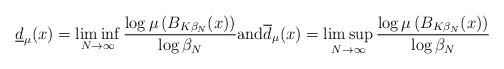
LaTeX: \begin{align*}\underline{d} _{\mu } ( x ) = \liminf _{N \rightarrow \infty } \frac{\log \mu \left( B _{K \beta _N } ( x ) \right)}{\log \beta _N}\mbox{and} \overline{d} _{\mu } ( x ) = \limsup _{N \rightarrow \infty } \frac{\log \mu \left( B _{K \beta _N } ( x ) \right)}{\log \beta _N }\end{align*}